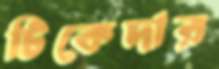
টিকেদার